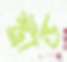
স্ট্রান্ড